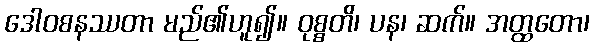
ဒေါဝစနဿတာ မည်၏ဟူ၍။ ဝုစ္စတိ၊ ပန၊ ဆက်။ အတ္ထတော၊